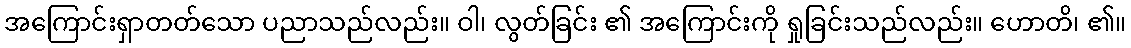
အကြောင်းရှာတတ်သော ပညာသည်လည်း။ ဝါ၊ လွတ်ခြင်း ၏ အကြောင်းကို ရှုခြင်းသည်လည်း။ ဟောတိ၊ ၏။